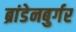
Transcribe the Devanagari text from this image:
ब्रांडेनबुर्गर